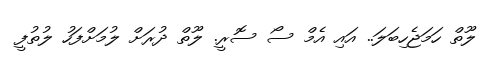
ލޫތް ހަމަޖެހިބަލަ.. އައި އެމް ސޯ ސޮރީ. ލޫތް ދުރަށް ލުމަށްފަހު ލުތުފީ